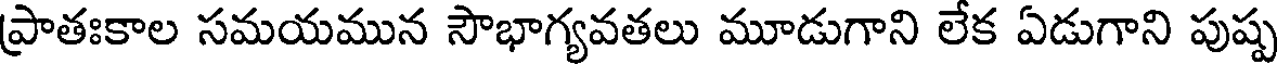
ప్రాతఃకాల సమయమున సౌభాగ్యవతలు మూడుగాని లేక ఏడుగాని పుష్ప